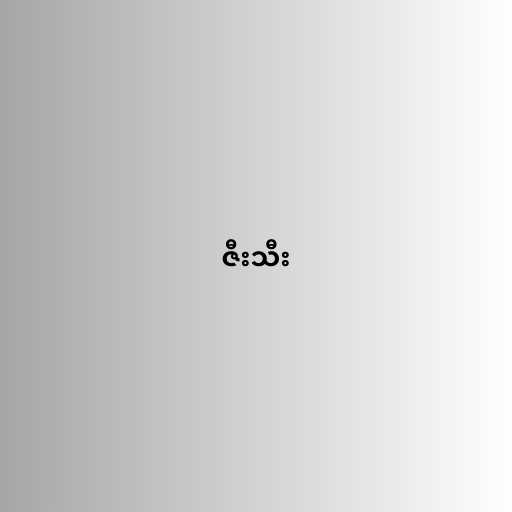
ဇီးသီး